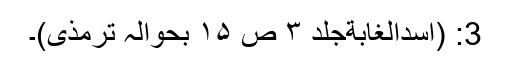
3: (اسدالغابةجلد ۳ ص ۱۵ بحوالہ ترمذی)۔